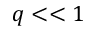
q < < 1